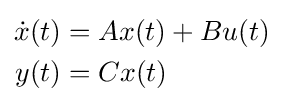
{\begin{aligned}{\dot {x}}(t)&=Ax(t)+Bu(t)\\y(t)&=Cx(t)\end{aligned}}